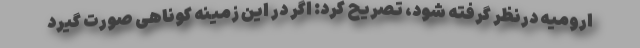
ارومیه درنظر گرفته شود، تصریح کرد: اگر در این زمینه کوناهی صورت گیرد